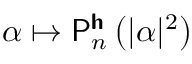
\alpha \mapsto \mathsf { P } _ { n } ^ { \boldsymbol { \mathsf { h } } } \left( \vert \alpha \vert ^ { 2 } \right)